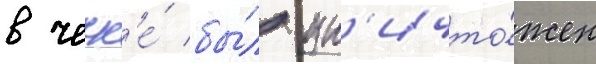
в чечн'е́ бы́л ун'ичто́жен